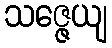
သဇ္ဇေယျ